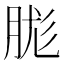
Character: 䏵